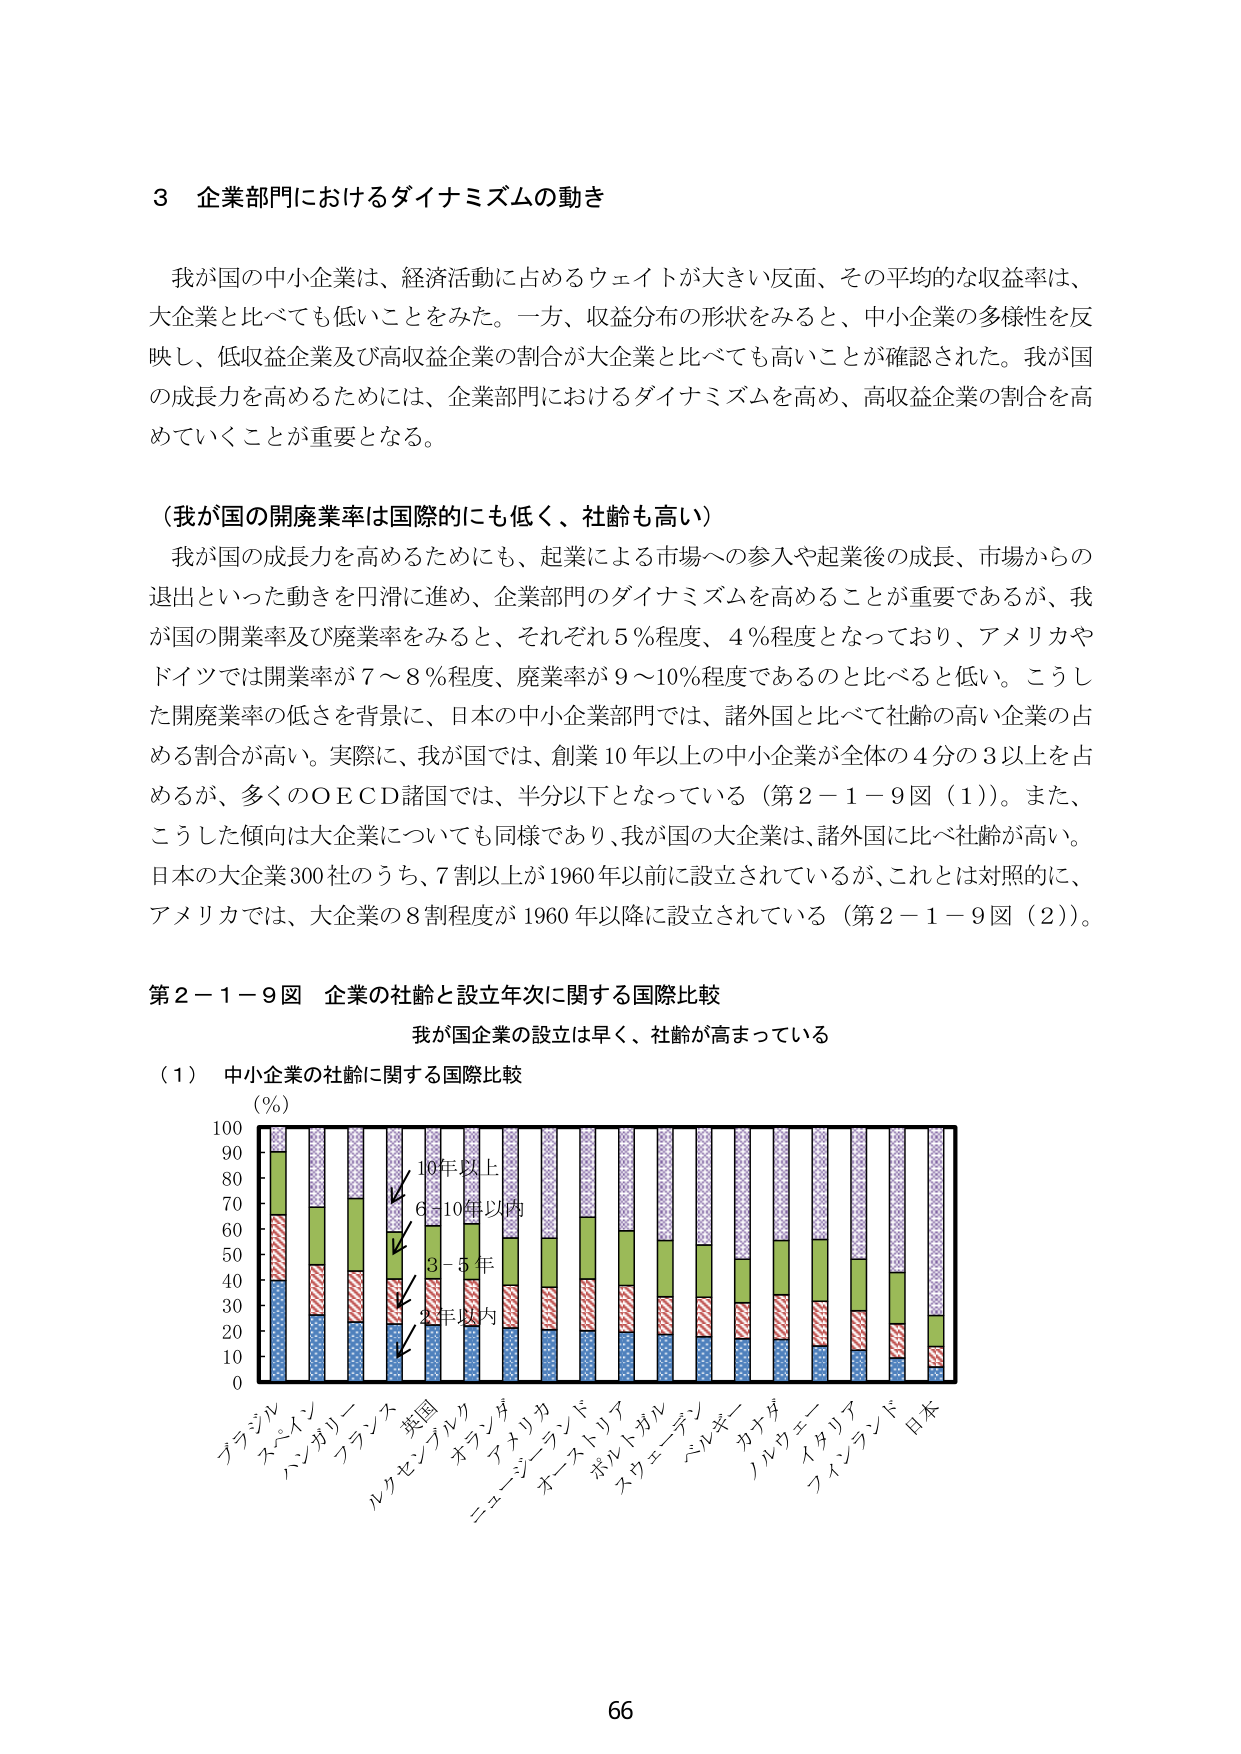
3 企業部門におけるダイナミズムの動き

我が国の中小企業は、経済活動に占めるウェイトが大きい反面、その平均的な収益率は、大企業と比べても低いことをみた。一方、収益分布の形状をみると、中小企業の多様性を反映し、低収益企業及び高収益企業の割合が大企業と比べても高いことが確認された。我が国の成長力を高めるためには、企業部門におけるダイナミズムを高め、高収益企業の割合を高めていくことが重要となる。

（我が国の開廃業率は国際的にも低く、社齢も高い）
我が国の成長力を高めるためにも、起業による市場への参入や起業後の成長、市場からの退出といった動きを円滑に進め、企業部門のダイナミズムを高めることが重要であるが、我が国の開業率及び廃業率をみると、それぞれ5％程度、4％程度となっており、アメリカやドイツでは開業率が7～8％程度、廃業率が9～10％程度であるのと比べると低い。こうした開廃業率の低さを背景に、日本の中企業部門では、諸外国と比べて社齢の高い企業の占める割合が高い。実際に、我が国では、創業10年以上の中企業が全体の4分の3以上を占めるが、多くのOECD諸国では、半分以下となっている（第2－1－9図（1））。また、こうした傾向は大企業についても同様であり、我が国の大企業は、諸外国に比べ社齢が高い。日本の大企業300社のうち、7割以上が1960年以前に設立されているが、これとは対照的に、アメリカでは、大企業の8割程度が1960年以降に設立されている（第2－1－9図（2））。

第2－1－9図 企業の社齢と設立年次に関する国際比較
我が国企業の設立は早く、社齢が高まっている

（1） 中小企業の社齢に関する国際比較
（％）
100
90
80
70
60
50
40
30
20
10
0
ブラジル
オーストリア
ハンガリー
フランス
英国
ルクセンブルク
オランダ
アメリカ
ニュージーランド
オーストラリア
ポルトガル
スウェーデン
フィンランド
カナダ
ノルウェー
イタリア
フィンランド
日本
10年以上
6-10年以内
3-5年
2年以内

66